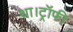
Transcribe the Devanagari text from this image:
था।ट्रॉफी